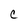
Character: C